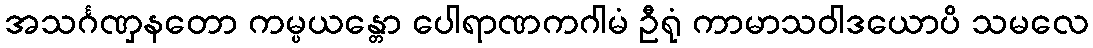
အသင်္ဂဏှနတော ကမ္ပယန္တော ပေါရာဏကဂါမံ ဦရုံ ကာမာသဝါဒယောပိ သမလေ